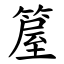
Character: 箼